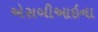
એસબીઆઇના